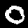
Digit: 0